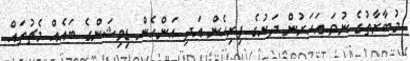
މުބާރާތުގެ ނުވަ އަހަރުން ދަށުގެ ފިރިހެން އަދި އަންހެން ޑިވިޝަންގެ ބައެއް މެޗުތައް